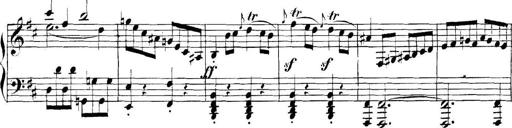
Title: Collected Piano Sonatas
Composer: Muzio Clementi